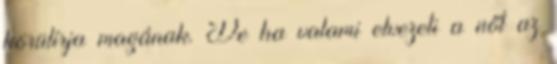
körülírja magának. De ha valami elvezeti a nőt az